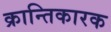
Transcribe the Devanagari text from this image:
क्रान्तिकारक